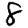
Digit: 8